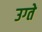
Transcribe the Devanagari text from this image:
उग्ते